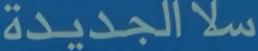
سلاالجديدة